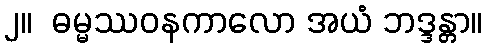
၂။  ဓမ္မဿဝနကာလော အယံ ဘဒ္ဒန္တာ။